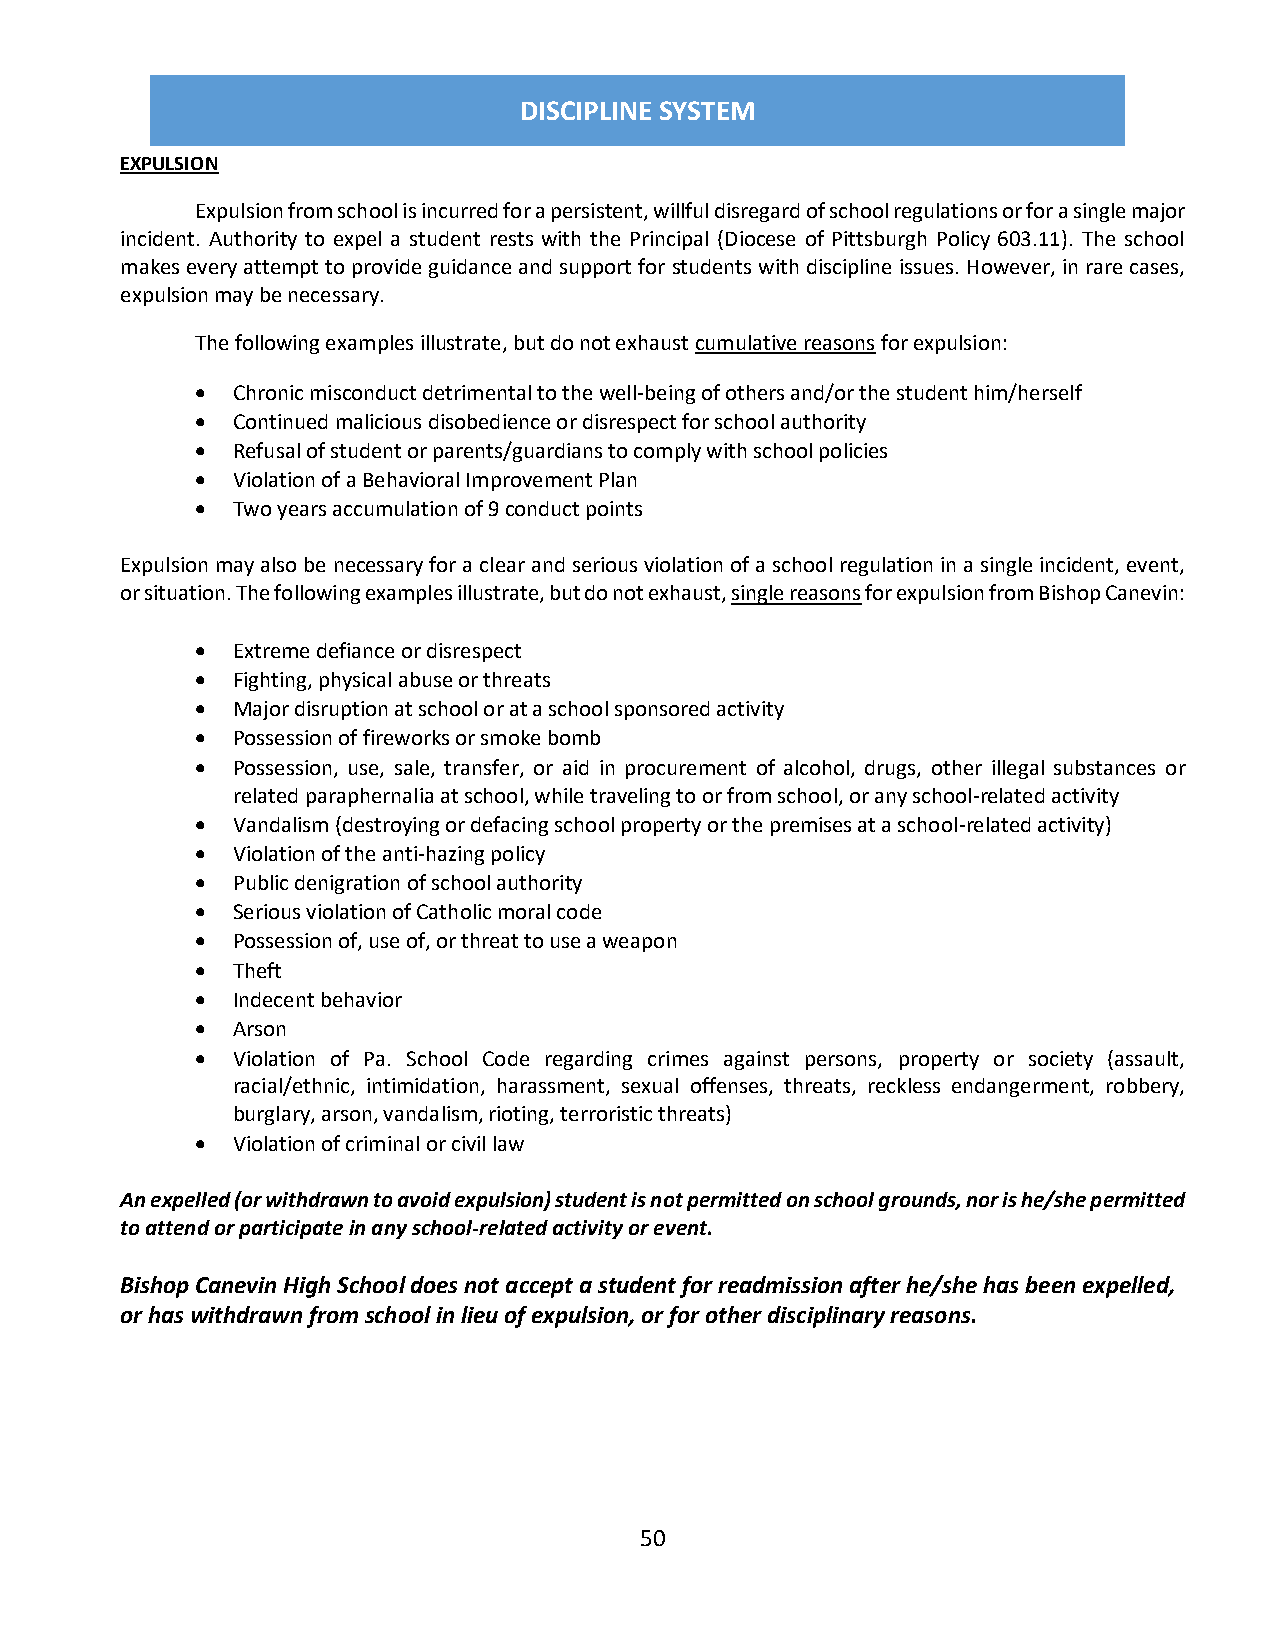
DISCIPLINE SYSTEM
 EXPULSION
 Expulsion from school is incurred for a persistent, willful disregard of school regulations or for a single major
 incident. Authority to expel a student rests with the Principal (Diocese of Pittsburgh Policy 603.11). The school
 makes every attempt to provide guidance and support for students with discipline issues. However, in rare cases,
 expulsion may be necessary.
 The following examples illustrate, but do not exhaust cumulative reasons for expulsion:
  Chronic misconduct detrimental to the well-being of others and/or the student him/herself
  Continued malicious disobedience or disrespect for school authority
  Refusal of student or parents/guardians to comply with school policies
  Violation of a Behavioral Improvement Plan
  Two years accumulation of 9 conduct points
 Expulsion may also be necessary for a clear and serious violation of a school regulation in a single incident, event,
 or situation. The following examples illustrate, but do not exhaust, single reasons for expulsion from Bishop Canevin:
  Extreme defiance or disrespect
  Fighting, physical abuse or threats
  Major disruption at school or at a school sponsored activity
  Possession of fireworks or smoke bomb
  Possession, use, sale, transfer, or aid in procurement of alcohol, drugs, other illegal substances or
 related paraphernalia at school, while traveling to or from school, or any school-related activity
  Vandalism (destroying or defacing school property or the premises at a school-related activity)
  Violation of the anti-hazing policy
  Public denigration of school authority
  Serious violation of Catholic moral code
  Possession of, use of, or threat to use a weapon
  Theft
  Indecent behavior
  Arson
  Violation of Pa. School Code regarding crimes against persons, property or society (assault,
 racial/ethnic, intimidation, harassment, sexual offenses, threats, reckless endangerment, robbery,
 burglary, arson, vandalism, rioting, terroristic threats)
  Violation of criminal or civil law
 An expelled (or withdrawn to avoid expulsion) student is not permitted on school grounds, nor is he/she permitted
 to attend or participate in any school-related activity or event.
 Bishop Canevin High School does not accept a student for readmission after he/she has been expelled,
 or has withdrawn from school in lieu of expulsion, or for other disciplinary reasons.
 50